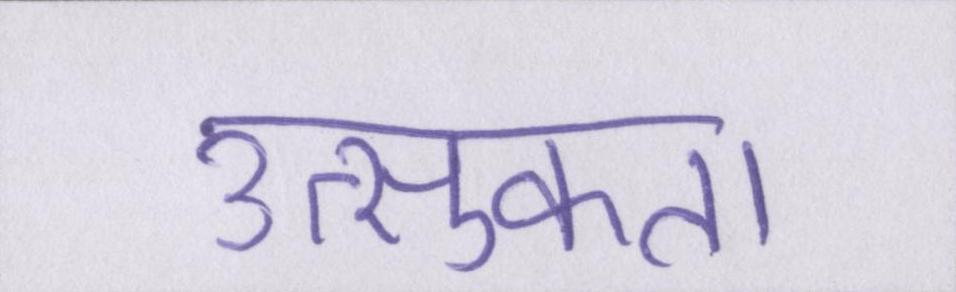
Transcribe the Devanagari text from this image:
उत्सुकता